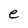
Character: e